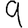
Digit: 9